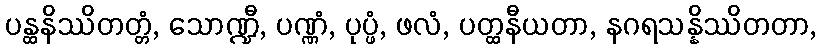
ပန္ထနိဿိတတ္တံ, သောဏ္ဍီ, ပဏ္ဏံ, ပုပ္ဖံ, ဖလံ, ပတ္ထနီယတာ, နဂရသန္နိဿိတတာ,